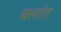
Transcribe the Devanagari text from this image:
बलांत